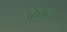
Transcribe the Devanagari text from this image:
कण्ट्रा